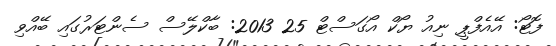
ފޮޓޯ: އޭއެފްޕީ ނިއު ޔޯކް އޯގަސްޓް 25 2013: ބާކްލޭސް ސެންޓަރުގައި ބޭއްވި